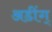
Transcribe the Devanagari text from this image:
अडींग्